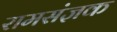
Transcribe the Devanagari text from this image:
रामसंज्ञक